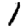
Digit: 1